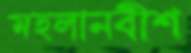
মহলানবীশ